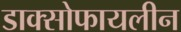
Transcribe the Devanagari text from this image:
डाक्सोफायलीन